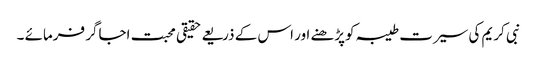
نبی کریم کی سیرت طیبہ کوپڑھنے اور اس کے ذریعے حقیقی محبت اجاگر فرمائے ۔